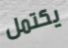
يكتمل